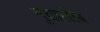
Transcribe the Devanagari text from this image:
मुतालीब